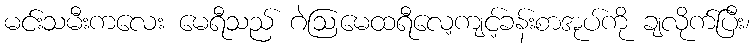
မင်းသမီးကလေး မေရီသည် ဂဲဩမေထရီလေ့ကျင့်ခန်းစာအုပ်ကို ချလိုက်ပြီး၊